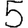
Digit: 5